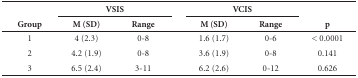
<table><thead><tr><td rowspan="2"><b>Group</b></td><td colspan="2"><b>VSIS</b></td><td rowspan="2"><b> </b></td><td colspan="2"><b>VCIS</b></td><td rowspan="2"><b>p</b></td></tr><tr><td><b>M (SD)</b></td><td><b>Range</b></td><td><b>M (SD)</b></td><td><b>Range</b></td></tr></thead><tbody><tr><td>1</td><td>4 (2.3)</td><td>0-8</td><td> </td><td>1.6 (1.7)</td><td>0-6</td><td>&lt; 0.0001</td></tr><tr><td>2</td><td>4.2 (1.9)</td><td>0-8</td><td> </td><td>3.6 (1.9)</td><td>0-8</td><td>0.141</td></tr><tr><td>3</td><td>6.5 (2.4)</td><td>3-11</td><td> </td><td>6.2 (2.6)</td><td>0-12</td><td>0.626</td></tr></tbody></table>